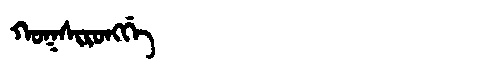
Manchu: ᡴᠣᡴᠰᡳᡵᠣᠩᡤᡝ
Romanization: KOKSIRONGGE